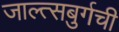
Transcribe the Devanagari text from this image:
जाल्त्सबुर्गची